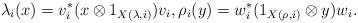
LaTeX: \begin{align*}\lambda_i(x)=v_i^*( x\otimes 1_{X(\lambda,i)} )v_i,\rho_i(y) =w_i^* (1_{X(\rho,i)} \otimes y) w_i. \end{align*}